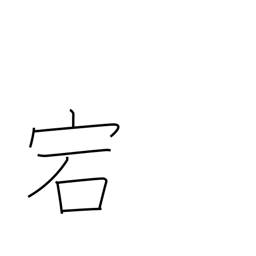
Meaning: cave